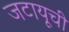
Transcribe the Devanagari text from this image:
जटायूची